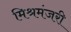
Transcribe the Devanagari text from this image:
मिश्रमंजरी